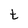
Character: t